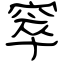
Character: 窣